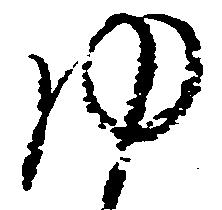
ゆ